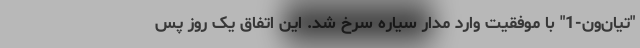
"تیان‌ون-1" با موفقیت وارد مدار سیاره سرخ شد. این اتفاق یک روز پس